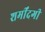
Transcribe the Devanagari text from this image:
शर्मींदगी